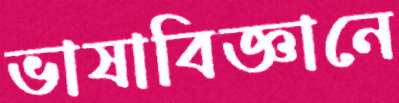
ভাষাবিজ্ঞানে